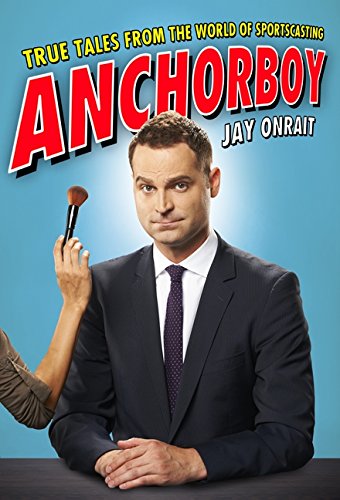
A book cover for Anchorboy: True Tales from the World of Sportscasting; Jay Onrait; Sports & Outdoors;